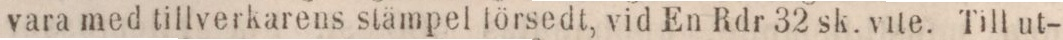
vara med tillverkarens stämpel försedt, vid En Rdr 32 sk. vite. Till ut-